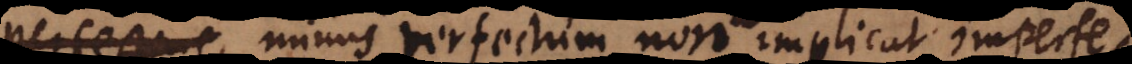
, minus perfectum non implicat imperfe